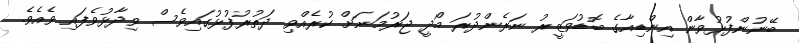
ބޭނުންފުޅުވާން އިންޑިއާގެ ބޮޑުވަޒީރު ނަރެންދުރަ މޯދީ ޖަރުމަނަށް ކުރެއްވި ދަތުރުފުޅުގައިވެސް ވިދާޅުވެފައި ވެއެވެ.